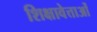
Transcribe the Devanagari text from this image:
शिक्षावेत्ताओं